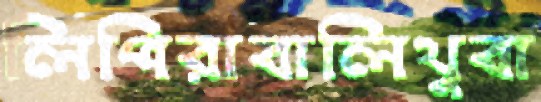
লিপিরাবালিথুবা